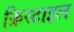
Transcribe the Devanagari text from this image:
क्रिस्टाइल